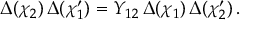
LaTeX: \Delta ( \chi _ { 2 } ) \, \Delta ( \chi _ { 1 } ^ { \prime } ) = Y _ { 1 2 } \, \Delta ( \chi _ { 1 } ) \, \Delta ( \chi _ { 2 } ^ { \prime } ) \, .